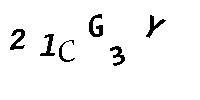
21CG3Y